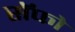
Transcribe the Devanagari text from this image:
सॅफो